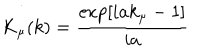
LaTeX: K _ { \mu } ( k ) = \frac { \exp [ i a k _ { \mu } - 1 ] } { i a }